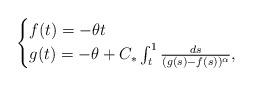
LaTeX: \begin{align*} \begin{cases} f(t) = - \theta t\\ g(t) = -\theta + C_* \int_t^1 \frac{ds}{(g(s)-f(s))^\alpha}, \end{cases}\end{align*}